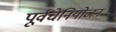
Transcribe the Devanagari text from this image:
पूर्वचेनियोजन